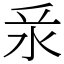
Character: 𣲛